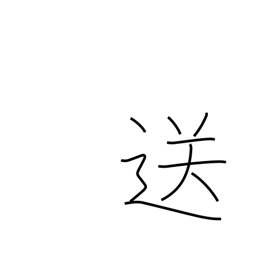
Meaning: send